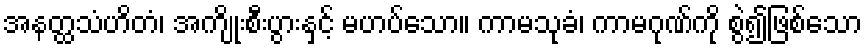
အနတ္ထသံဟိတံ၊ အကျိုးစီးပွားနှင့် မဟပ်သော။ ကာမသုခံ၊ ကာမဂုဏ်ကို စွဲ၍ဖြစ်သော